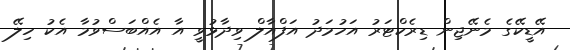
އޭޑީކޭގެ މެނޭޖިން ޑިރެކްޓަރު އަހުމަދު އަފްއާލް ވިދާޅުވީ އާ އެއްބަސްވުމާ އެކު ހިލޭ